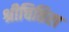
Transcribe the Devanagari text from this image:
श्रीचित्तिरा